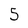
Character: 5